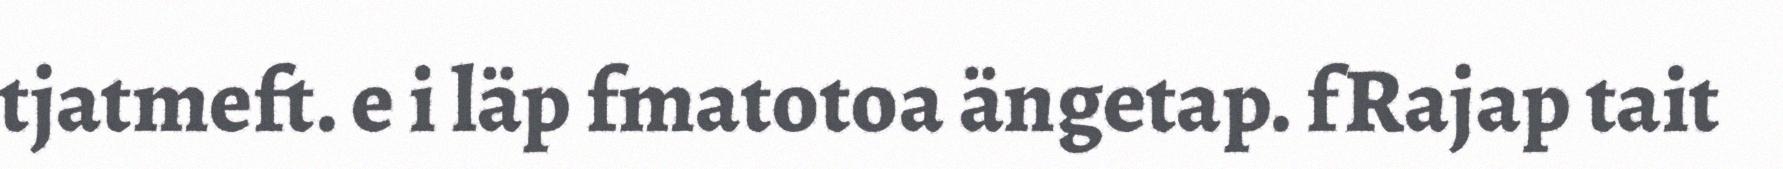
tjatmeft. e i läp fmatotoa ängetap. fRajap tait